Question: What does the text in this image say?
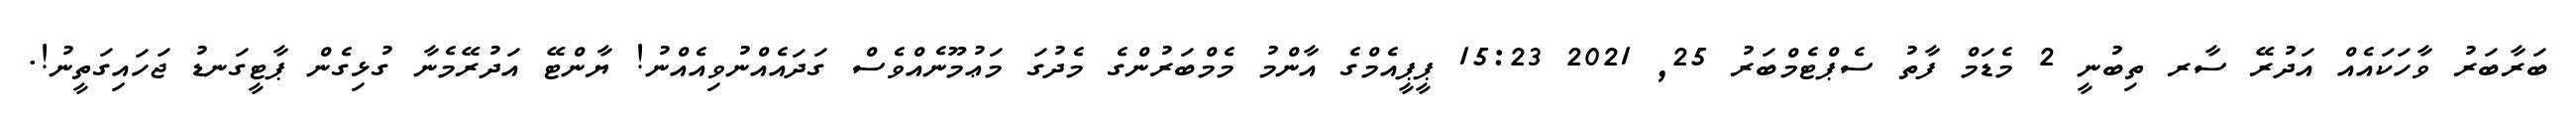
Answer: ބަރާބަރު ވާހަކައެއް އަދުރޭ ސާރ ތިބުނީ 2 މެޑަމް ފާތު ސެޕްޓެމްބަރު 25, 2021 15:23 ޕީޕީއެމްގެ އާންމު މެމްބަރުންގެ މެދުގަ މަޢުމޫނެއްވެސް ގަދައެއްނުވިއެއްނު! ޔާންޓޭ އަދުރޭމެނާ ގުޅިގެން ޕާޓީގަނޑު ޖަހައިގަތީނު!.